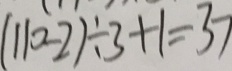
( 1 1 0 - 2 ) \div 3 + 1 = 3 7